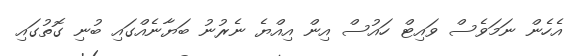
އެހެން ނަމަވެސް ވައިޓް ހައުސް އިން އިއްޔެ ނެރުނު ބަޔާނެއްގައި ބުނި ގޮތުގައި